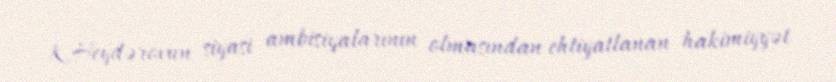
K.Heydərovun siyasi ambisiyalarının olmasından ehtiyatlanan hakimiyyət